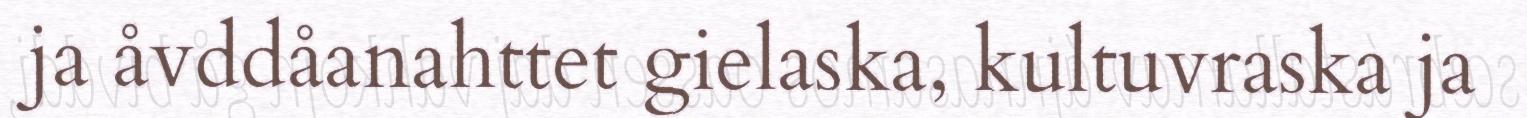
ja åvddåanahttet gielaska, kultuvraska ja